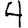
Digit: 4